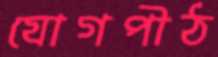
যোগপীঠ